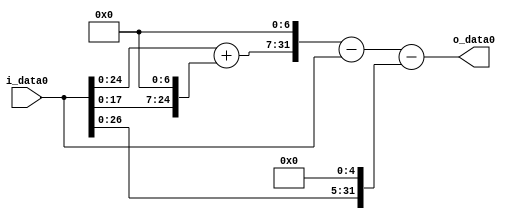
module multiplier_block_57 (
    i_data0,
    o_data0
);
  input   [31:0] i_data0;
  output  [31:0]
    o_data0;
  wire [31:0]
    w1,
    w128,
    w129,
    w16512,
    w16511,
    w32,
    w16479;
  assign w1 = i_data0;
  assign w128 = w1 << 7;
  assign w129 = w1 + w128;
  assign w16479 = w16511 - w32;
  assign w16511 = w16512 - w1;
  assign w16512 = w129 << 7;
  assign w32 = w1 << 5;
  assign o_data0 = w16479;
endmodule